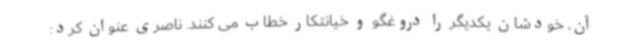
آن، خودشان یکدیگر را دروغگو و خیانتکار خطاب می کنند. ناصری عنوان کرد: